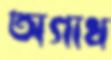
অগাধ